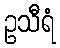
ဥသီရံ